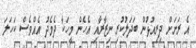
އެ ރަށަށް ދިރިއުޅުން ބަދަލުކުރި ނިޒާރާއި އެހެން މީހަކާ ދެމެދު އެއްވެސް ކަހަލަ